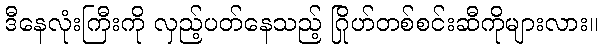
ဒီနေလုံးကြီးကို လှည့်ပတ်နေသည့် ဂြိုဟ်တစ်စင်းဆီကိုများလား။